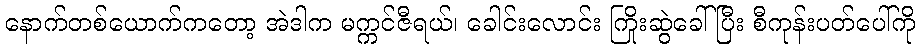
နောက်တစ်ယောက်ကတော့ အဲဒါက မက္ကင်ဇီရယ်၊ ခေါင်းလောင်း ကြိုးဆွဲခေါ်ပြီး စီကုန်းပတ်ပေါ်ကို